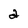
Character: a